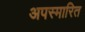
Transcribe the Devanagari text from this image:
अपस्मारित